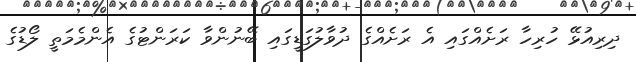
ދިރިއުޅޭ ހުރިހާ ރަށެއްގައި އެ ރަށެއްގެ ދުވާލުގަޑީގައި ބޭނުންވާ ކަރަންޓުގެ އެންމެމަތީ ލޯޑުގެ